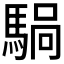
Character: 𫘍